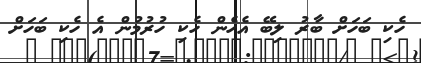
ހެކި ބަހަށް ބާރު ލިބޭ އެހެން ހެކި ހުރުމުން އެ ހެކި ބަހަށް